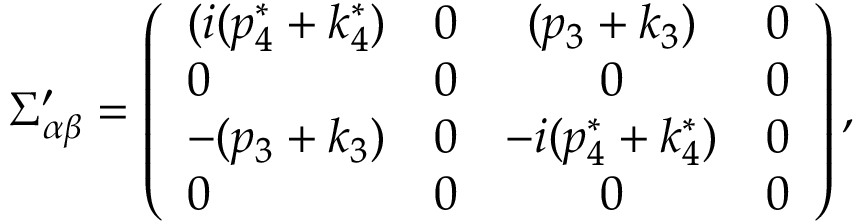
\Sigma _ { \alpha \beta } ^ { \prime } = \left( \begin{array} { l c c r } { { ( i ( p _ { 4 } ^ { * } + k _ { 4 } ^ { * } ) } } & { { 0 } } & { { ( p _ { 3 } + k _ { 3 } ) } } & { { 0 } } \\ { { 0 } } & { { 0 } } & { { 0 } } & { { 0 } } \\ { { - ( p _ { 3 } + k _ { 3 } ) } } & { { 0 } } & { { - i ( p _ { 4 } ^ { * } + k _ { 4 } ^ { * } ) } } & { { 0 } } \\ { { 0 } } & { { 0 } } & { { 0 } } & { { 0 } } \end{array} \right) ,